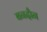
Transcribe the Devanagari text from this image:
बनदौन